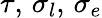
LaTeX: \tau,\, \sigma_{l},\, \sigma_{e}